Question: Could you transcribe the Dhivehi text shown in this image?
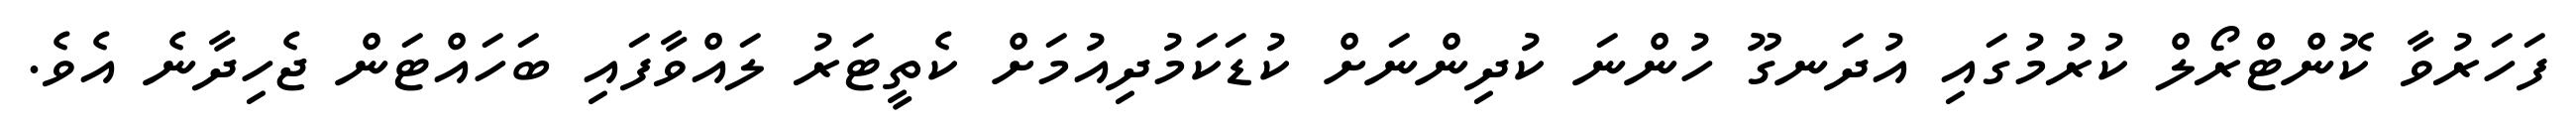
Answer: ފަހަރުވާ ކޮންޓްރޯލް ކުރުމުގައި އުދަނގޫ ހުންނަ ކުދިންނަށް ކުޑަކަމުދިއުމަށް ކެތީޓަރު ލައްވާފައި ބަހައްޓަން ޖެހިދާނެ އެވެ.